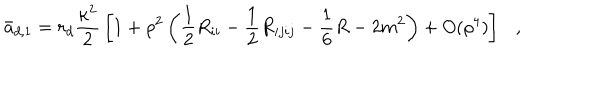
\bar { a } _ { d , 1 } = r _ { d } { \frac { \kappa ^ { 2 } } { 2 } } \left[ 1 + \rho ^ { 2 } \left( \frac 1 2 R _ { i i } - \frac 1 2 R _ { i j i j } - \frac 1 6 R - 2 m ^ { 2 } \right) + O ( \rho ^ { 4 } ) \right] ,